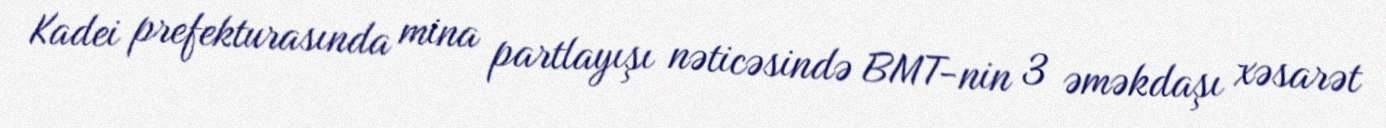
Kadei prefekturasında mina partlayışı nəticəsində BMT-nin 3 əməkdaşı xəsarət